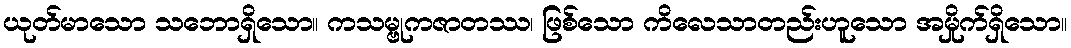
ယုတ်မာသော သဘောရှိသော။ ကသမ္ဗုကဇာတဿ၊ ဖြစ်သော ကိလေသာတည်းဟူသော အမှိုက်ရှိသော။